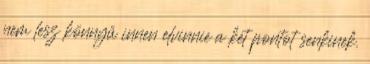
nem lesz könnyű innen elvinnie a két pontot senkinek.